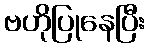
ဗဟိုပြုနေပြီး